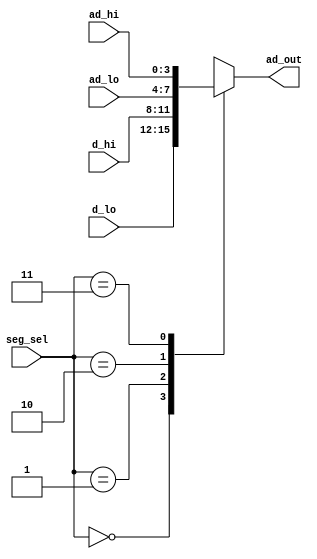
`timescale 1ns / 1ps
/********************************************************************************

*********************************************************************************/
module ad_mux( seg_sel, ad_hi, ad_lo, d_hi, d_lo, ad_out );
    input       [1:0] seg_sel;
    input       [3:0] ad_hi, ad_lo;
    input       [3:0] d_hi, d_lo;
    output reg  [3:0] ad_out;
    
    always @ (*) begin
      case (seg_sel)
         2'b00:   ad_out = d_lo[3:0];
         2'b01:   ad_out = d_hi[3:0];
         2'b10:   ad_out = ad_lo[3:0];
         2'b11:   ad_out = ad_hi[3:0];
         default: ad_out = 4'b0000;
      endcase
    end

endmodule